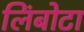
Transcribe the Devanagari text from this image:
लिंबोटा